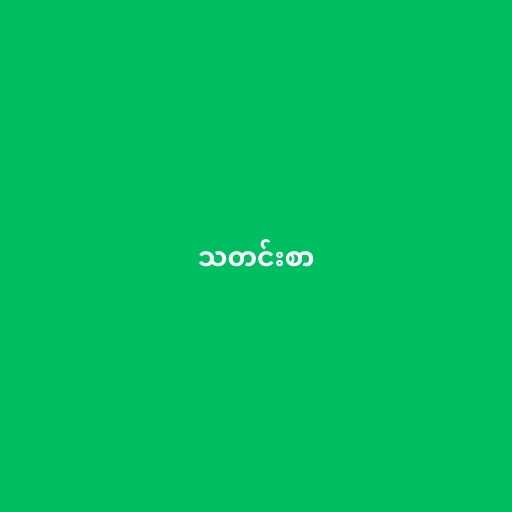
သတင်းစာ